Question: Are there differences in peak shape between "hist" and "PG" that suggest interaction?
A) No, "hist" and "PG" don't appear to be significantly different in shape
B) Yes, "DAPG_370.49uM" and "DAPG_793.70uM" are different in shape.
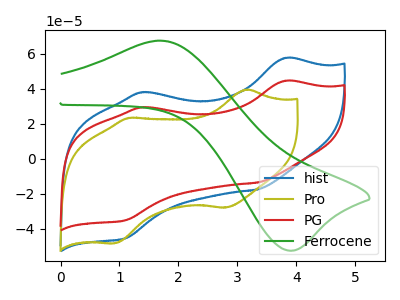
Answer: <think>The blue curve "hist" has anodic peaks at (3.80V, 57.55uA) (1.40V, 38.05uA) and cathodic peaks at (3.35V, -17.55uA) (1.10V, -45.40uA). The olive curve "Pro" has anodic peaks at (3.15V, 39.60uA) (1.15V, 23.45uA) and cathodic peaks at (2.80V, -27.95uA) (0.90V, -48.30uA). The red curve "PG" has anodic peaks at (3.80V, 44.50uA) (1.40V, 29.45uA) and cathodic peaks at (3.35V, -13.55uA) (1.10V, -35.15uA). The green curve "Ferrocene" has an anodic peak at (1.70V, 67.50uA) and a cathodic peak at (3.95V, -52.40uA).
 All the peaks in "hist" have a peak in "PG" at the same potential. Every peak in "hist" is higher than every peak in "PG".</think>
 <answer>A) No, "hist" and "PG" don't appear to be significantly different in shape</answer>
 <eval>A</eval>